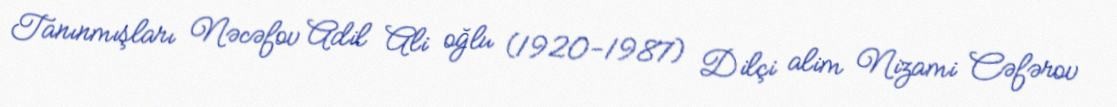
Tanınmışları Nəcəfov Adil Ali oğlu (1920-1987) Dilçi alim Nizami Cəfərov